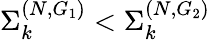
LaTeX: \Sigma_{k}^{(N,G_{1})}<\Sigma_{k}^{(N,G_{2})}